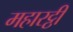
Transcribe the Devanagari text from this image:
महारट्ठी